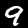
Label: 9